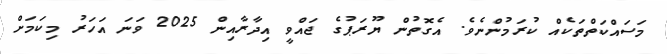
މަސައްކަތްތަކެއް ކުރަމުންނެވެ. އެގޮތުން ޔޫރަޕުގެ ޖައްވީ އިދާރާއިން 2025 ވަނަ އަހަރު މިކަމަށް